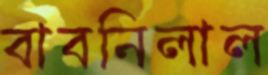
বাবনিলাল